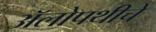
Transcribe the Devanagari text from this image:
अॅलोपथीचे